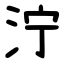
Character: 泞